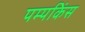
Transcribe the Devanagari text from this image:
पम्पकिंस